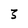
Character: 3